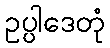
ဥပ္ပါဒေတုံ